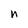
Character: n